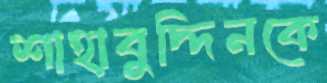
শাহাবুদ্দিনকে